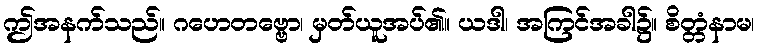
ဤအနက်သည်။ ဂဟေတဗ္ဗော၊ မှတ်ယူအပ်၏။ ယဒါ၊ အကြင်အခါ၌။ စိတ္တံနာမ၊